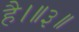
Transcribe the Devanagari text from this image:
है।॥३॥